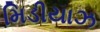
મિડીયાઝ